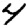
Digit: 4